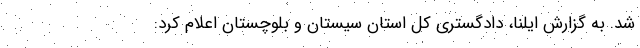
شد. به گزارش ایلنا، دادگستری کل استان سیستان و بلوچستان اعلام کرد: